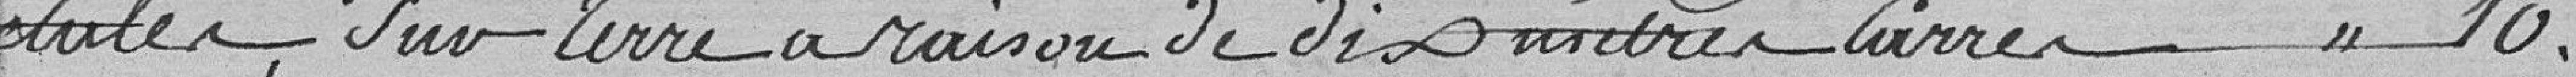
évalués sur terre à raison de dix mètres carrés..... 10.00